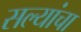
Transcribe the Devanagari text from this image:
सल्यांचा